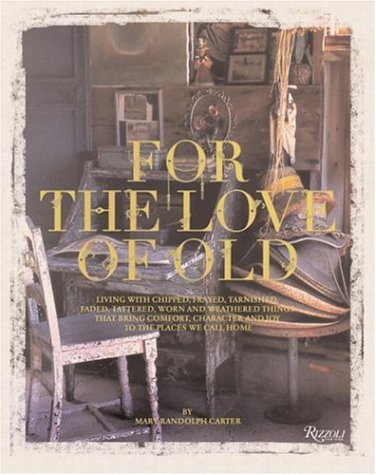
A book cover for For the Love of Old: Living with Chipped, Frayed, Tarnished, Faded, Tattered, Worn and Weathered Things that Bring Comfort, Character and Joy to the Places We Call Home; Mary Randolph Carter; Arts & Photography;